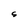
Character: S